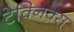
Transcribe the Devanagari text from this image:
टेक्निक्स्